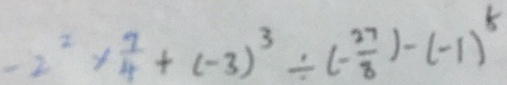
- 2 ^ { 2 } \times \frac { 7 } { 4 } + ( - 3 ) ^ { 3 } \div ( - \frac { 2 7 } { 8 } ) - ( - 1 ) ^ { 8 }